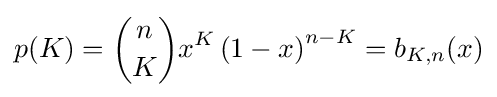
p(K)={n \choose K}x^{K}\left(1-x\right)^{n-K}=b_{K,n}(x)